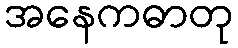
အနေကဓာတု